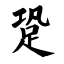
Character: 跫